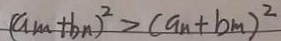
( a _ { m } + b _ { n } ) ^ { 2 } > ( a _ { n } + b _ { m } ) ^ { 2 }